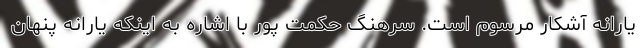
یارانه آشکار مرسوم است. سرهنگ حکمت پور با اشاره به اینکه یارانه پنهان